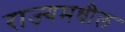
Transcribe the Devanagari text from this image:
राज्यमधील